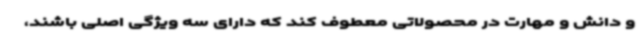
و دانش و مهارت در محصولاتی معطوف کند که دارای سه ویژگی اصلی باشند،